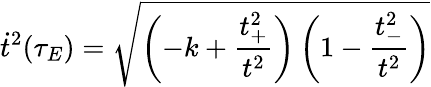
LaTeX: \dot{t}^{2}(\tau_{E})=\sqrt{\left(-k+\frac{t_{+}^{2}}{t^{2}}\right)\left(1-\frac{t_{-}^{2}}{t^{2}}\right)}